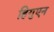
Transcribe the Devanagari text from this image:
हिगुएन